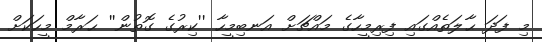
މި ފަދަ ޙާލަތެއްގައި ފިރިމީހާގެ މައްޗަށް އަނބިމީހާ ''ކިރުގެ ގޮތުން'' ޙަރާމް މީހަކަށް